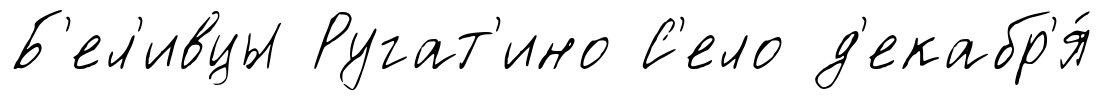
Б'ел'ивцы Ругат'ино С'ело д'екабр'я́